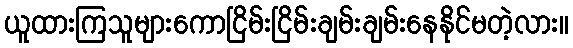
ယူထားကြသူများကောငြိမ်းငြိမ်းချမ်းချမ်းနေနိုင်မတဲ့လား။